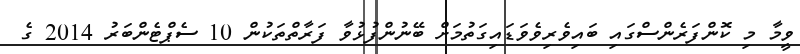
ވީމާ މި ކޮންފަރެންސްގައި ބައިވެރިވެވަޑައިގަތުމަށް ބޭނުންފުޅުވާ ފަރާތްތަކުން 10 ސެޕްޓެންބަރު 2014 ގެ